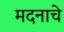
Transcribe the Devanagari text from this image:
मदनाचे